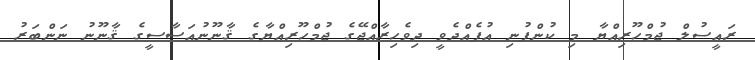
ރައީސުލް ޖުމްހޫރިއްޔާ މި ކުންފުނި އުފެއްދެވީ ދިވެހިރާއްޖޭގެ ޖުމްހޫރިއްޔާގެ ޤާނޫނުއަސާސީގެ ޤާނޫނު ނަންބަރު